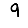
Digit: 9